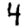
Digit: 4